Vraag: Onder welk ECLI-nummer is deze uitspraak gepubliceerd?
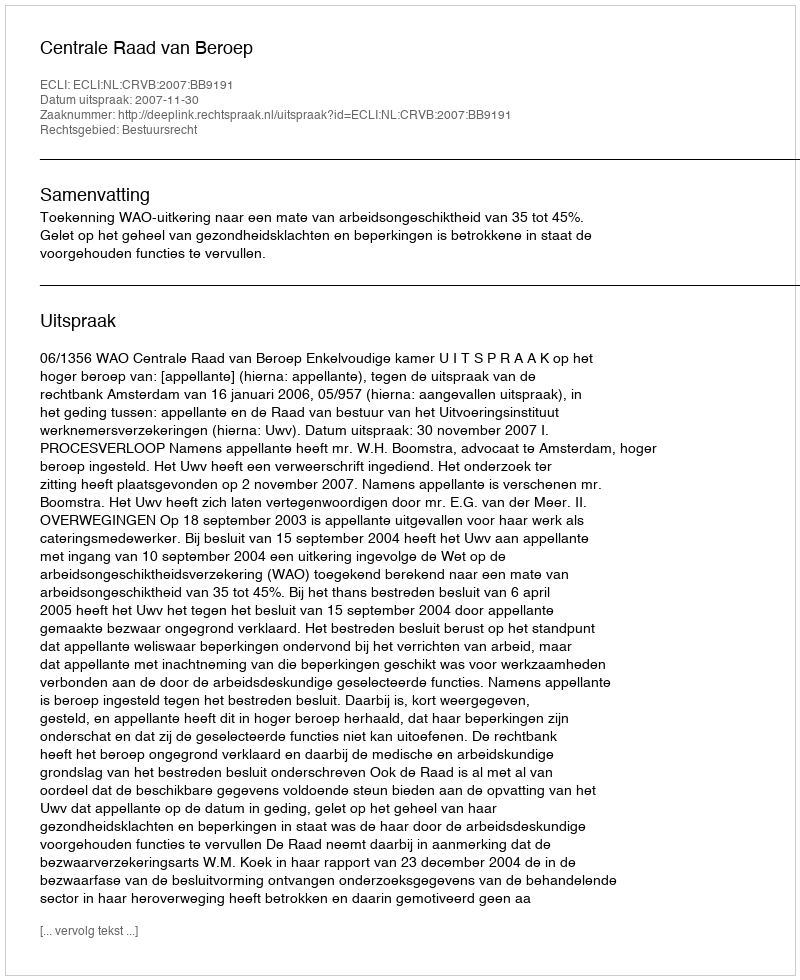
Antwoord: ECLI:NL:CRVB:2007:BB9191